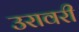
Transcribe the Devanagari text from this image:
उरावरी